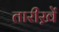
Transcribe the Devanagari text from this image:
तारीख़ें